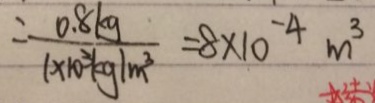
= \frac { 0 . 8 k g } { 1 . 1 0 ^ { 3 } k g / m ^ { 3 } } = 8 \times 1 0 ^ { - 4 } m ^ { 3 }